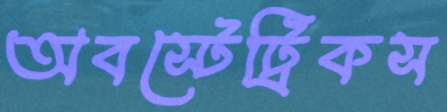
অবস্টেট্রিকস